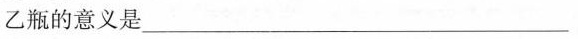
乙瓶的意义是___